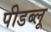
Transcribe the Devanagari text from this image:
पीडब्लू